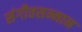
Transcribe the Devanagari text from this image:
संगीतसन्मान